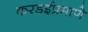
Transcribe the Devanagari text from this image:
करडईप्रमाणे